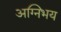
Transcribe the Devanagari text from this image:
अग्निभय